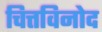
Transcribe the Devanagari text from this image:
चित्तविनोद